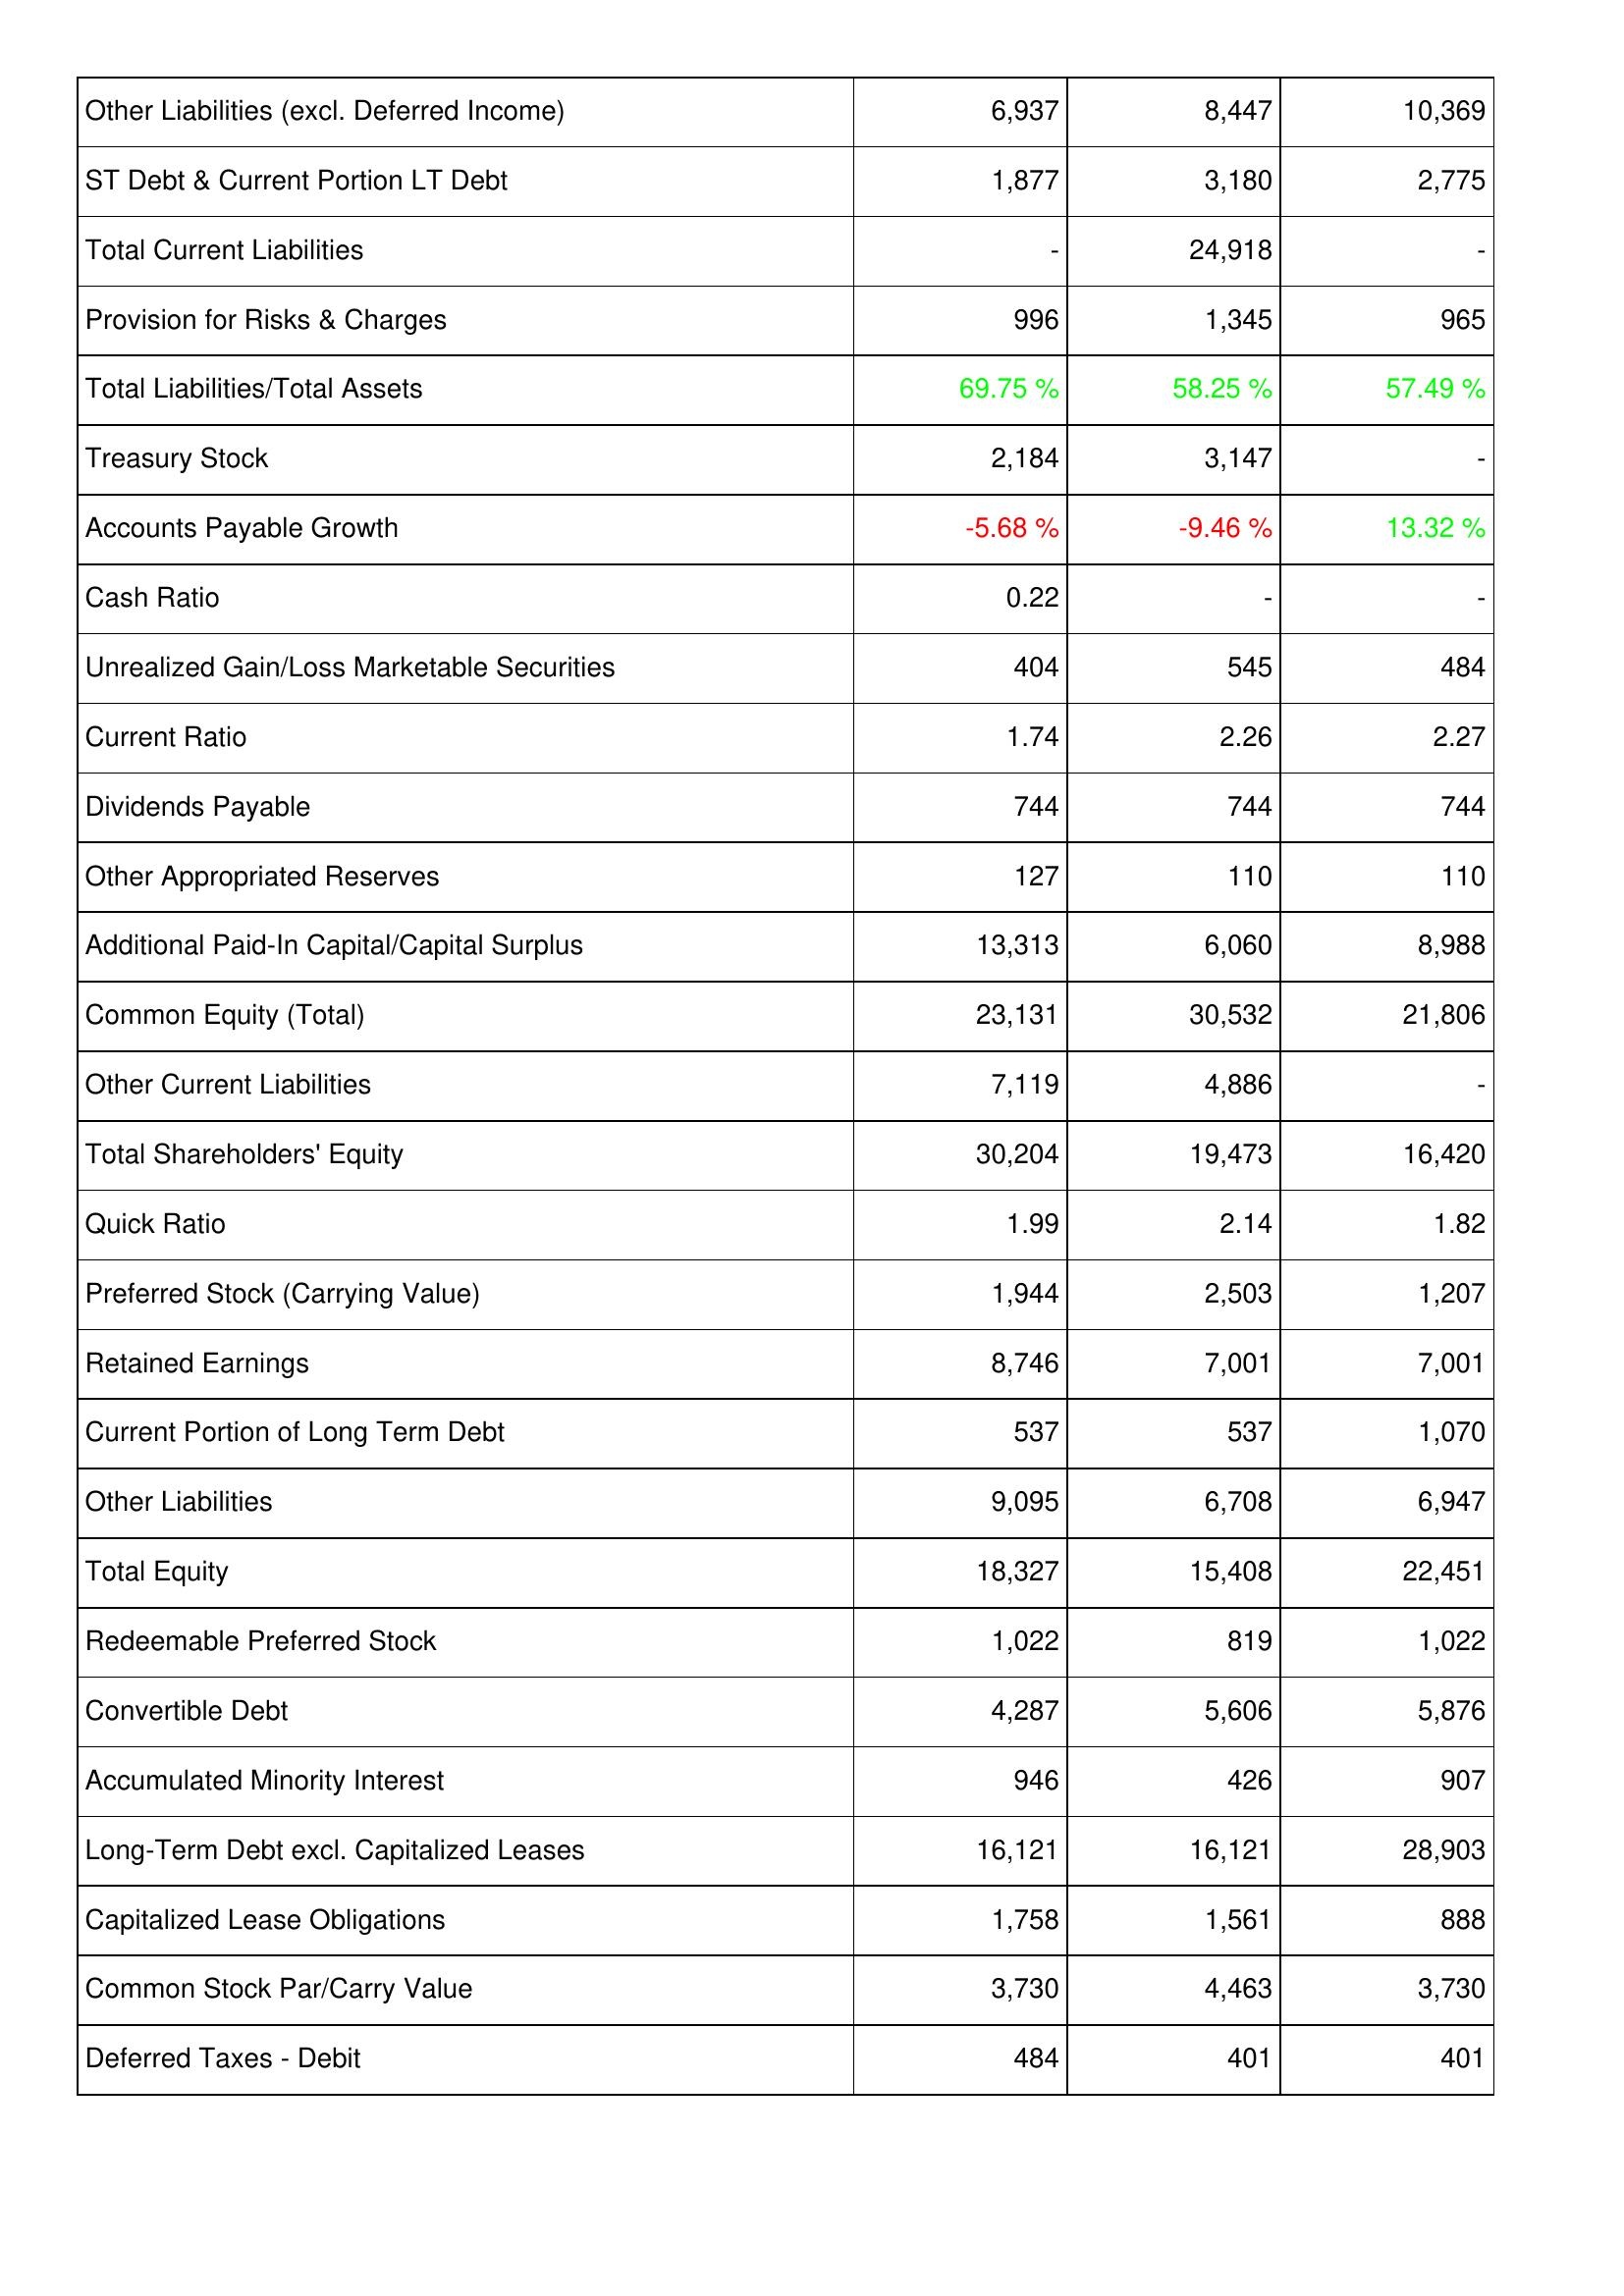
2013: Liabilities & Shareholders' Equity: Other Liabilities (excl. Deferred Income): 6,937
ST Debt & Current Portion LT Debt: 1,877
Total Current Liabilities: -
Provision for Risks & Charges: 996
Total Liabilities/Total Assets: 69.75 %
Treasury Stock: 2,184
Accounts Payable Growth: -5.68 %
Cash Ratio: 0.22
Unrealized Gain/Loss Marketable Securities: 404
Current Ratio: 1.74
Dividends Payable: 744
Other Appropriated Reserves: 127
Additional Paid-In Capital/Capital Surplus: 13,313
Common Equity (Total): 23,131
Other Current Liabilities: 7,119
Total Shareholders' Equity: 30,204
Quick Ratio: 1.99
Preferred Stock (Carrying Value): 1,944
Retained Earnings: 8,746
Current Portion of Long Term Debt: 537
Other Liabilities: 9,095
Total Equity: 18,327
Redeemable Preferred Stock: 1,022
Convertible Debt: 4,287
Accumulated Minority Interest: 946
Long-Term Debt excl. Capitalized Leases: 16,121
Capitalized Lease Obligations: 1,758
Common Stock Par/Carry Value: 3,730
Deferred Taxes - Debit: 484
2014: Liabilities & Shareholders' Equity: Other Liabilities (excl. Deferred Income): 8,447
ST Debt & Current Portion LT Debt: 3,180
Total Current Liabilities: 24,918
Provision for Risks & Charges: 1,345
Total Liabilities/Total Assets: 58.25 %
Treasury Stock: 3,147
Accounts Payable Growth: -9.46 %
Cash Ratio: -
Unrealized Gain/Loss Marketable Securities: 545
Current Ratio: 2.26
Dividends Payable: 744
Other Appropriated Reserves: 110
Additional Paid-In Capital/Capital Surplus: 6,060
Common Equity (Total): 30,532
Other Current Liabilities: 4,886
Total Shareholders' Equity: 19,473
Quick Ratio: 2.14
Preferred Stock (Carrying Value): 2,503
Retained Earnings: 7,001
Current Portion of Long Term Debt: 537
Other Liabilities: 6,708
Total Equity: 15,408
Redeemable Preferred Stock: 819
Convertible Debt: 5,606
Accumulated Minority Interest: 426
Long-Term Debt excl. Capitalized Leases: 16,121
Capitalized Lease Obligations: 1,561
Common Stock Par/Carry Value: 4,463
Deferred Taxes - Debit: 401
2015: Liabilities & Shareholders' Equity: Other Liabilities (excl. Deferred Income): 10,369
ST Debt & Current Portion LT Debt: 2,775
Total Current Liabilities: -
Provision for Risks & Charges: 965
Total Liabilities/Total Assets: 57.49 %
Treasury Stock: -
Accounts Payable Growth: 13.32 %
Cash Ratio: -
Unrealized Gain/Loss Marketable Securities: 484
Current Ratio: 2.27
Dividends Payable: 744
Other Appropriated Reserves: 110
Additional Paid-In Capital/Capital Surplus: 8,988
Common Equity (Total): 21,806
Other Current Liabilities: -
Total Shareholders' Equity: 16,420
Quick Ratio: 1.82
Preferred Stock (Carrying Value): 1,207
Retained Earnings: 7,001
Current Portion of Long Term Debt: 1,070
Other Liabilities: 6,947
Total Equity: 22,451
Redeemable Preferred Stock: 1,022
Convertible Debt: 5,876
Accumulated Minority Interest: 907
Long-Term Debt excl. Capitalized Leases: 28,903
Capitalized Lease Obligations: 888
Common Stock Par/Carry Value: 3,730
Deferred Taxes - Debit: 401